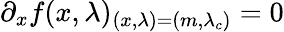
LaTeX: \partial_{x}f(x,\lambda)_{(x,\lambda)=(m,\lambda_{c})}=0